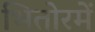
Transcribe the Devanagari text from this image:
भितोरमें